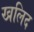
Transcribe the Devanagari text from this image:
खलिद